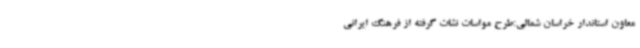
معاون استاندار خراسان شمالی:طرح مواسات نشات گرفته از فرهنگ ایرانی